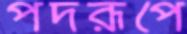
পদরূপে